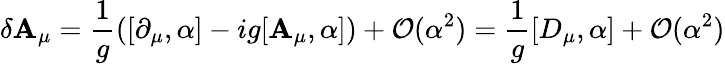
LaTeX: \delta\mathbf{A}_{\mu}={\frac{{1}}{{g}}}([\partial_{\mu},\alpha]-ig[\mathbf{A}_{\mu},\alpha])+{\mathcal{{O}}}(\alpha^{2})={\frac{{1}}{{g}}}[D_{\mu},\alpha]+{\mathcal{{O}}}(\alpha^{2})